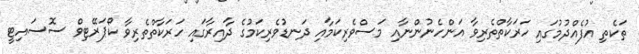
ތަކެތި އުފެއްދުމުގައި ހަރަކާތްތެރިވާ އަންހެނުންނާއި މަސްވެރިކަމާއި ދަނޑުވެރިކަމުގެ ދާއިރާގައި ހަރަކާތްތެރިވާ ކޯޕަރޭޓިވް ސޮސައިޓީ